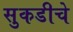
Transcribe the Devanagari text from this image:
सुकडीचे